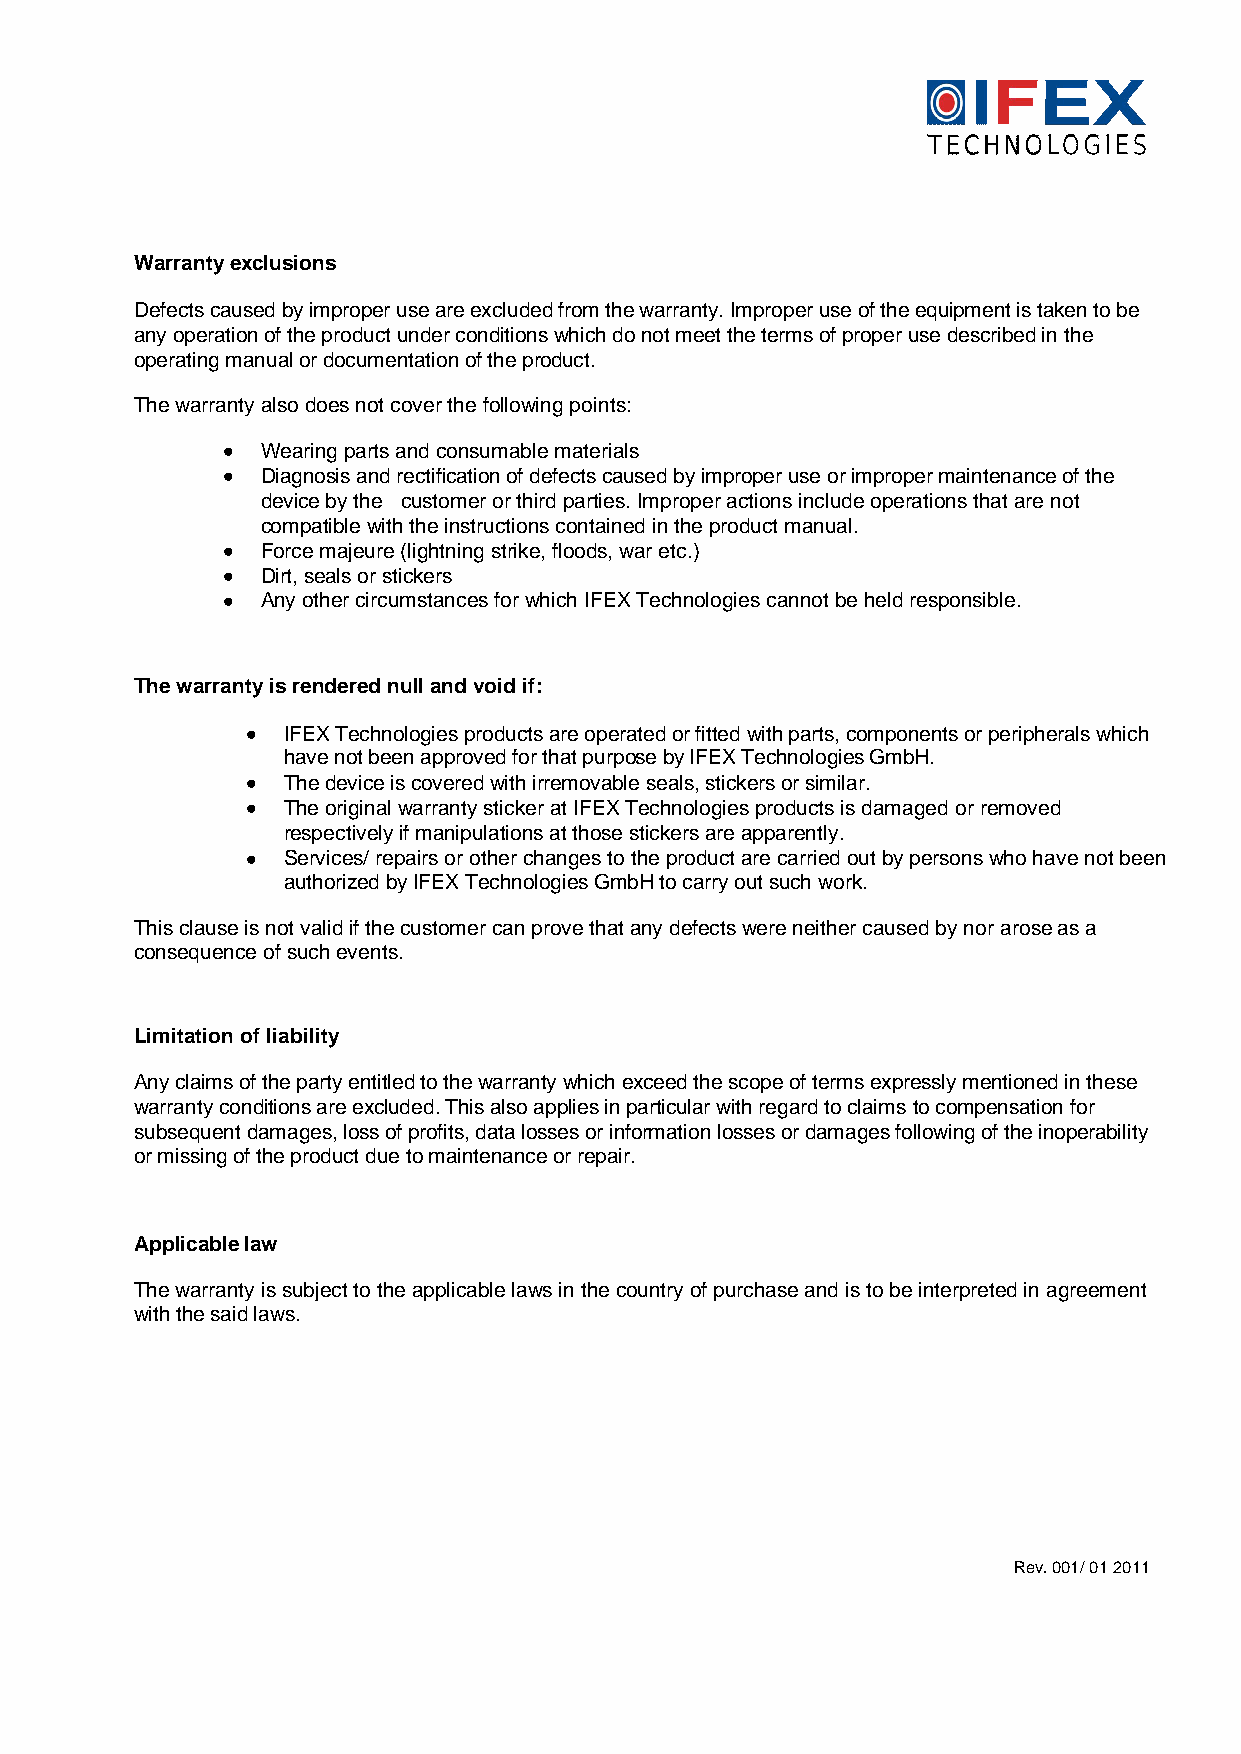
Warranty exclusions
 Defects caused by improper use are excluded from the warranty. Improper use of the equipment is taken to be
 any operation of the product under conditions which do not meet the terms of proper use described in the
 operating manual or documentation of the product.
 The warranty also does not cover the following points:
 Wearing parts and consumable materials
 Diagnosis and rectification of defects caused by improper use or improper maintenance of the
 device by the customer or third parties. Improper actions include operations that are not
 compatible with the instructions contained in the product manual.
 Force majeure (lightning strike, floods, war etc.)
 Dirt, seals or stickers
 Any other circumstances for which IFEX Technologies cannot be held responsible.
 The warranty is rendered null and void if:
 IFEX Technologies products are operated or fitted with parts, components or peripherals which
 have not been approved for that purpose by IFEX Technologies GmbH.
 The device is covered with irremovable seals, stickers or similar.
 The original warranty sticker at IFEX Technologies products is damaged or removed
 respectively if manipulations at those stickers are apparently.
 Services/ repairs or other changes to the product are carried out by persons who have not been
 authorized by IFEX Technologies GmbH to carry out such work.
 This clause is not valid if the customer can prove that any defects were neither caused by nor aroseas a
 consequence of such events.
 Limitation of liability
 Any claims of the party entitled to the warranty which exceed the scope of terms expressly mentioned in these
 warranty conditions are excluded. This also applies in particular with regard to claims to compensation for
 subsequent damages, loss of profits, data losses or information losses or damages following of the inoperability
 or missing of the product due to maintenance or repair.
 Applicable law
 The warranty is subject to the applicable laws in the country of purchase and is to be interpreted in agreement
 with the said laws.
 Rev. 001/ 01 2011